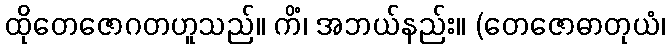
ထိုတေဇောဂတဟူသည်။ ကိံ၊ အဘယ်နည်း။ (တေဇောဓာတုယံ၊